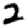
Digit: 2